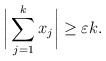
\begin{align*}\bigg|\sum_{j=1}^{k} x_j\bigg| \geq \varepsilon k.\end{align*}